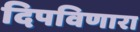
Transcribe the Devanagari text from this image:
दिपविणारा